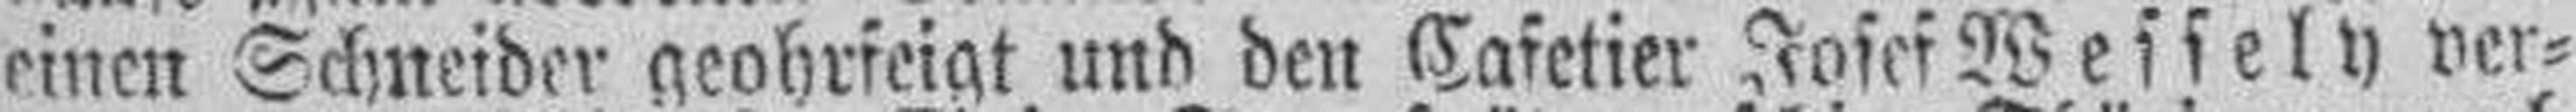
einen Schneider geohrfeigt und den Cafetier Josef Wessely ver¬